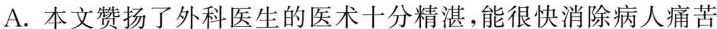
A.本文赞扬了外科医生的医术十分精湛，能很快消除病人痛苦